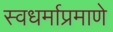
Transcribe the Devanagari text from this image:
स्वधर्माप्रमाणे